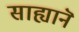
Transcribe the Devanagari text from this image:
साह्यानॆ